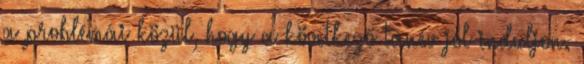
a problémái közül, hogy a következő tanév jól induljon.